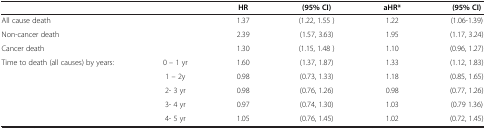
<table><thead><tr><td colspan="2"><b> </b></td><td><b>HR</b></td><td><b>(95% CI)</b></td><td><b>aHR*</b></td><td><b>(95% CI)</b></td></tr></thead><tbody><tr><td colspan="2">All cause death</td><td>1.37</td><td>(1.22, 1.55 )</td><td>1.22</td><td>(1.06-1.39)</td></tr><tr><td colspan="2">Non-cancer death</td><td>2.39</td><td>(1.57, 3.63)</td><td>1.95</td><td>(1.17, 3.24)</td></tr><tr><td colspan="2">Cancer death</td><td>1.30</td><td>(1.15, 1.48 )</td><td>1.10</td><td>(0.96, 1.27)</td></tr><tr><td>Time to death (all causes) by years:</td><td>0 – 1 yr</td><td>1.60</td><td>(1.37, 1.87)</td><td>1.33</td><td>(1.12, 1.83)</td></tr><tr><td> </td><td>1 – 2y</td><td>0.98</td><td>(0.73, 1.33)</td><td>1.18</td><td>(0.85, 1.65)</td></tr><tr><td> </td><td>2- 3 yr</td><td>0.98</td><td>(0.76, 1.26)</td><td>0.98</td><td>(0.77, 1.26)</td></tr><tr><td> </td><td>3- 4 yr</td><td>0.97</td><td>(0.74, 1.30)</td><td>1.03</td><td>(0.79 1.36)</td></tr><tr><td> </td><td>4- 5 yr</td><td>1.05</td><td>(0.76, 1.45)</td><td>1.02</td><td>(0.72, 1.45)</td></tr></tbody></table>